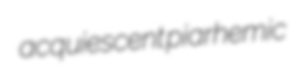
acquiescent piarhemic